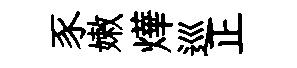
豕嫩燁巡正